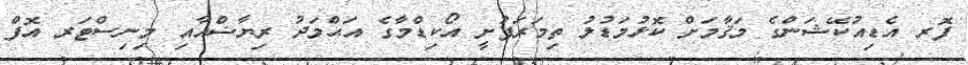
ފޮރ އެޑިއުކޭޝަންގެ މަޤާމަށް ކޮޅުމަޑުލު ތިމަރަފުށީ އޯކިޑްމާގެ އަޙްމަދު ރިޔާޟްއާއި މިނިސްޓަރ އޮފް